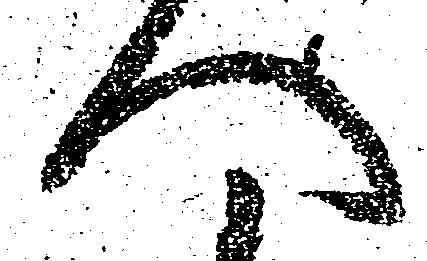
へ